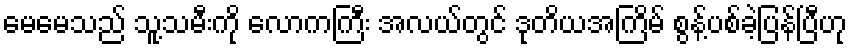
မေမေသည် သူ့သမီးကို လောကကြီး အလယ်တွင် ဒုတိယအကြိမ် စွန့်ပစ်ခဲ့ပြန်ပြီဟု